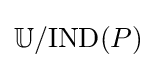
\mathbb {U} /\mathrm {IND} (P)